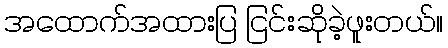
အထောက်အထားပြ ငြင်းဆိုခဲ့ဖူးတယ်။